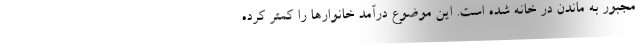
مجبور به ماندن در خانه شده است. این موضوع درآمد خانوارها را کمتر کرده